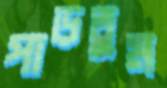
পাড়তুম